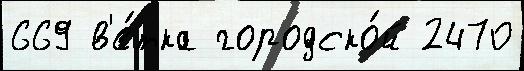
669 в'е́тка городско́й 2470